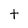
Character: t